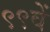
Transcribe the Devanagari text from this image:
९९वें